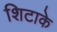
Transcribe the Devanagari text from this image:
शिटाके